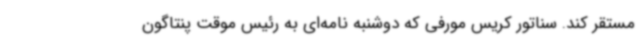
مستقر کند. سناتور کریس مورفی که دوشنبه نامه‌ای به رئیس موقت پنتاگون